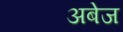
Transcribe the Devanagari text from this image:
अबेज